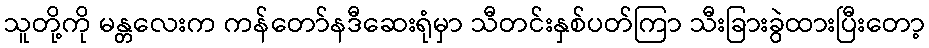
သူတို့ကို မန္တလေးက ကန်တော်နဒီဆေးရုံမှာ သီတင်းနှစ်ပတ်ကြာ သီးခြားခွဲထားပြီးတော့